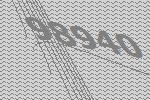
98940